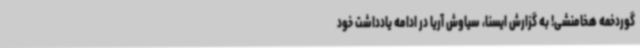
گوردخمه‌ هخامنشی! به گزارش ایسنا، سیاوش آریا در ادامه یادداشت خود